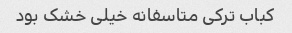
کباب ترکی متاسفانه خیلی خشک بود